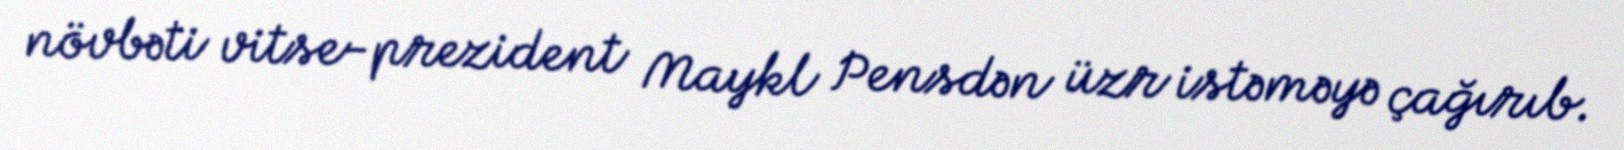
növbəti vitse-prezident Maykl Pensdən üzr istəməyə çağırıb.